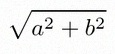
\sqrt{a^2+b^2}